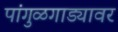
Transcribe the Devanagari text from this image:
पांगुळगाड्यावर